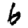
Digit: 6